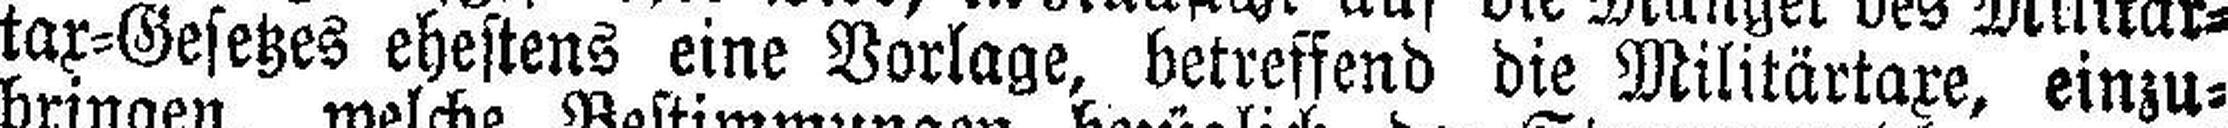
tax=Gesetzes ehestens eine Vorlage, betreffend die Militärtaxe, einzu¬